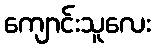
ကျောင်းသူလေး